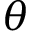
{ \theta }